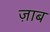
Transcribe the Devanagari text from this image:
ज़ाब